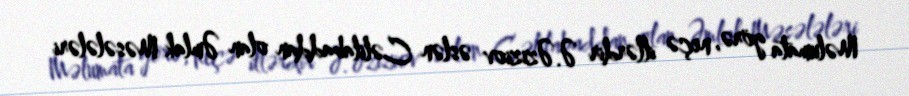
Məlumata görə, neçə illərdir Ə.Əziziov əslən Cəlilabaddan olan Əmlak Məsələləri